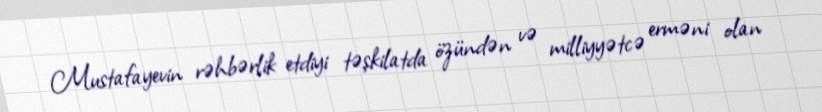
Mustafayevin rəhbərlik etdiyi təşkilatda özündən və milliyyətcə erməni olan